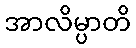
အာလိမ္ပာတိ